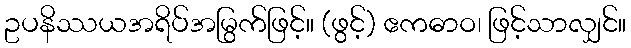
ဥပနိဿယအရိပ်အမြွက်ဖြင့်။ (ဖွင့်) ဧကဓာဝ၊ ဖြင့်သာလျှင်။